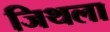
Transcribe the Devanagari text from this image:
जिथला